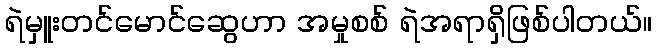
ရဲမှူးတင်မောင်ဆွေဟာ အမှုစစ် ရဲအရာရှိဖြစ်ပါတယ်။